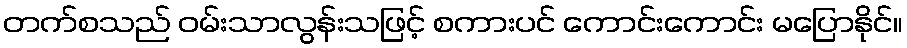
တက်စသည် ဝမ်းသာလွန်းသဖြင့် စကားပင် ကောင်းကောင်း မပြောနိုင်။